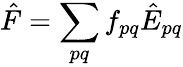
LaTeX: \hat{F}=\sum_{pq}f_{pq}\hat{E}_{pq}